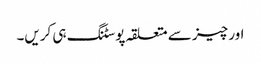
اور چیز سے متعلقہ پوسٹنگ ہی کریں۔